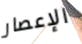
الإعصار